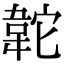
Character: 䪑